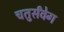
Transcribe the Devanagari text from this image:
चतुर्संवेग